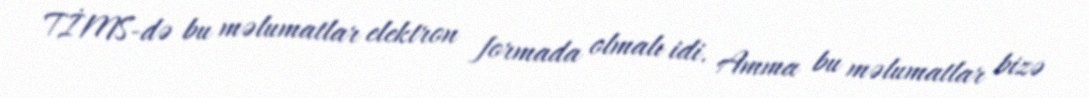
TİMS-də bu məlumatlar elektron formada olmalı idi. Amma bu məlumatlar bizə